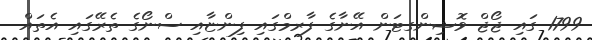
1799 ގައި ޖޯޖް ވޮޝިންގޓަން އޭނާގެ ފާރމްގައި ފިންޏާއި ސްނޯގެ ތެރޭގައި އެތައް